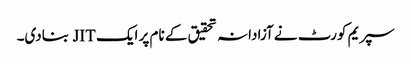
سپریم کورٹ نے آزادانہ تحقیق کے نام پر ایک JIT بنادی۔